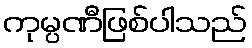
ကုမ္ပဏီဖြစ်ပါသည်